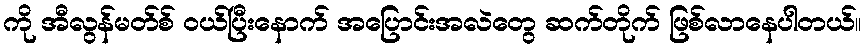
ကို အီလွန်မတ်စ် ဝယ်ပြီးနောက် အပြောင်းအလဲတွေ ဆက်တိုက် ဖြစ်လာနေပါတယ်။